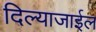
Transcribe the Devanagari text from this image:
दिल्याजाईल